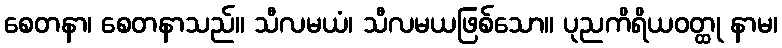
စေတနာ၊ စေတနာသည်။ သီလမယံ၊ သီလမယဖြစ်သော။ ပုညကိရိယဝတ္ထု နာမ၊